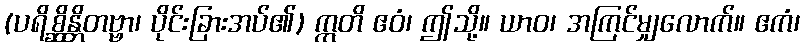
(ပရိစ္ဆိန္တိတဗ္ဗာ၊ ပိုင်းခြားအပ်၏) ဣတိ ဧဝံ၊ ဤသို့။ ယာဝ၊ အကြင်မျှလောက်။ ဧကံ၊